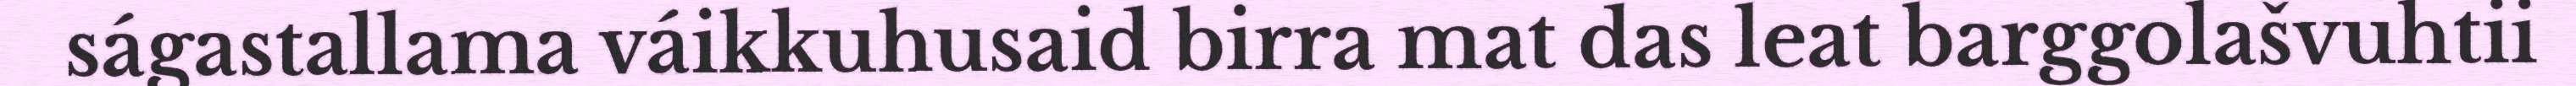
ságastallama váikkuhusaid birra mat das leat barggolašvuhtii